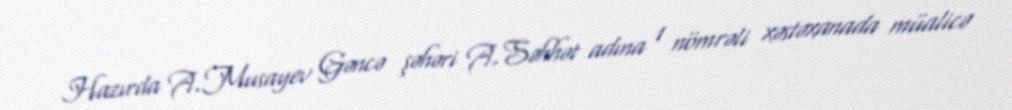
Hazırda A.Musayev Gəncə şəhəri A.Səhhət adına 1 nömrəli xəstəxanada müalicə